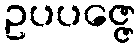
ဥပပဇ္ဇေ